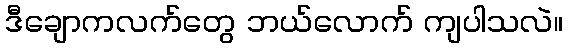
ဒီချောကလက်တွေ ဘယ်လောက် ကျပါသလဲ။